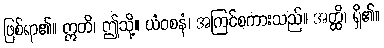
ဖြစ်ရာ၏။ ဣတိ၊ ဤသို့။ ယံဝစနံ၊ အကြင်စကားသည်။ အတ္ထိ၊ ရှိ၏။